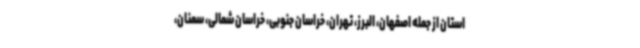
استان از جمله اصفهان، البرز، تهران، خراسان جنوبی، خراسان شمالی، سمنان،